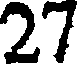
27